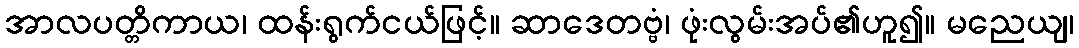
အာလပတ္တိကာယ၊ ထန်းရွက်ငယ်ဖြင့်။ ဆာဒေတဗ္ဗံ၊ ဖုံးလွမ်းအပ်၏ဟူ၍။ မညေယျ၊